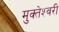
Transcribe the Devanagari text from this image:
मुक्‍तेश्‍वरी